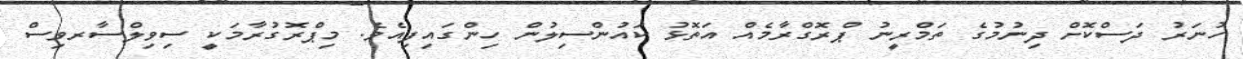
ހުނަރު ދަސްކޮށް ދިނުމުގެ ތަމްރީނު ޕްރޮގްރާމެއް އަތޮޅު ކައުންސިލުން ހިންގައިފިއެވެ. މިޕްރޮގުރާމަކީ ސިވިލްސާރވިސް